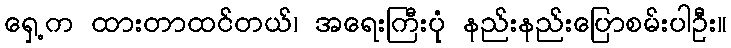
ရှေ့က ထားတာထင်တယ်၊ အရေးကြီးပုံ နည်းနည်းပြောစမ်းပါဦး။